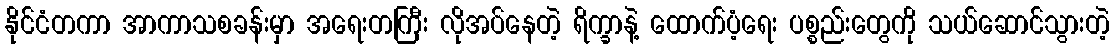
နိုင်ငံတကာ အာကာသစခန်းမှာ အရေးတကြီး လိုအပ်နေတဲ့ ရိက္ခာနဲ့ ထောက်ပံ့ရေး ပစ္စည်းတွေကို သယ်ဆောင်သွားတဲ့